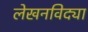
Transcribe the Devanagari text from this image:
लेखनविद्या